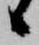
候